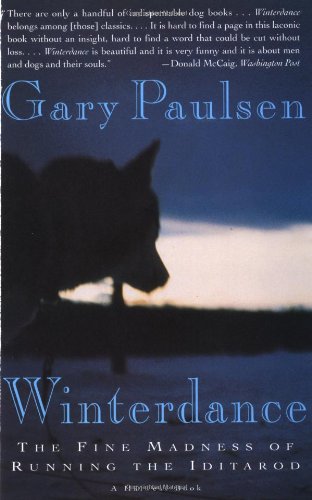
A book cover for Winterdance: The Fine Madness of Running the Iditarod; Gary Paulsen; Crafts, Hobbies & Home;